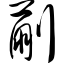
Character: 蒯